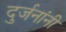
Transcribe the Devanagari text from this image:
दुर्जनांनी